Civil Veterinary Dept. Bombay admin report 1907-1913 - 1907-1913
Year: 1907
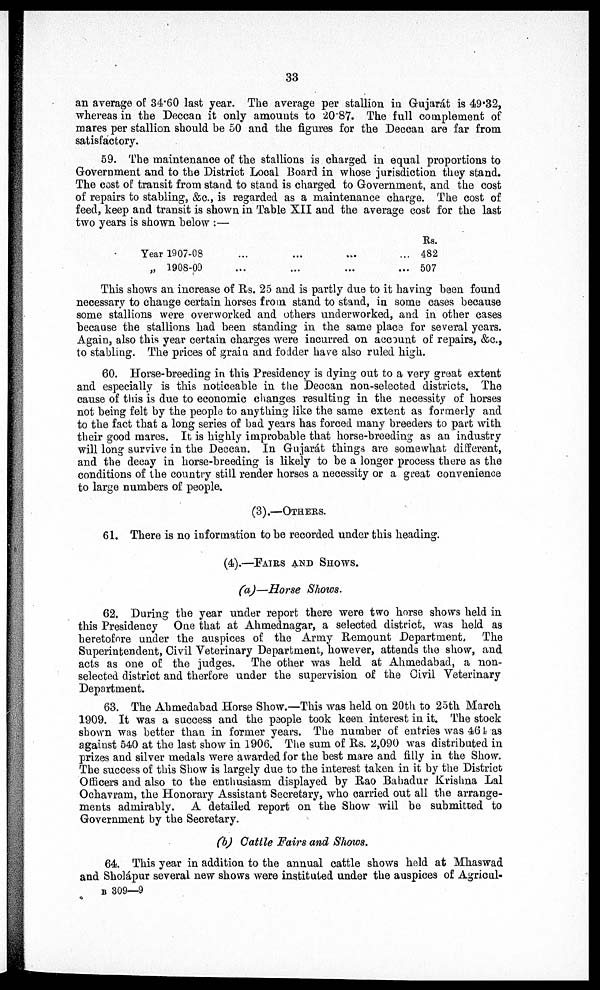
33
an average of 34.60 last year. The average per stallion in Gujarát is 49.32,
whereas in the Deccan it only amounts to 2087. The full complement of
mares per stallion should be 50 and the figures for the Deccan are far from
satisfactory.
59. The maintenance of the stallions is charged in equal proportions to
Government and to the District Local Board in whose jurisdiction they stand.
The cost of transit from stand to stand is charged to Government, and the cost
of repairs to stabling, &c., is regarded as a maintenance charge. The cost of
feed, keep and transit is shown in Table XII and the average cost for the last
two years is shown below :—
Year l907-08 ... ...
„ 1908-09 ... ...
Rs.
482
507
This shows an increase of Rs. 25 and is partly due to it having been found
necessary to change certain horses from stand to stand, in some cases because
some stallions were overworked and others underworked, and in other cases
because the stallions had been standing in the same place for several years.
Again, also this year certain charges were incurred on account of repairs, &c,
to stabling. The prices of grain and fodder have also ruled high.
60. Horse-breeding in this Presidency is dying out to a very great extent
and especially is this noticeable in the Deccan non-selected districts. The
cause of this is due to economic changes resulting in the necessity of horses
not being felt by the people to anything like the same extent as formerly and
to the fact that a long series of bad years has forced many breeders to part with
their good mares. It is highly improbable that horse-breeding as an industry
will long survive in the Deccan. In Gujarát things are somewhat different,
and the decay in horse-breeding is likely to be a longer process there as the
conditions of the country still render horses a necessity or a great convenience
to large numbers of people.
(3).—OTHERS
61. There is no information to be recorded under this heading.
(4).—FAIRS AND SHOWS
(a)—Horse Shows.
62. During the year under report there were two horse shows held in
this Presidency
One that at Ahmednagar, a selected district, was held as
heretofore under the auspices of the Army Remount Department,
The
Superintendent, Civil Veterinary Department, however, attends the show, and
acts as one of the judges. The other was held at Ahmedabad, a non-
selected district and therfore under the supervision of the Civil Veterinary
Department.
63. The Ahmedabad Horse Show.—This was held on 20th to 25th March
1909. It was a success and the people took keen interest in it. The stock
shown was better than in former years. The number of entries was 46 has
against 540 at the last show in 1906. The sum of Rs. 2,090 was distributed in
prizes and silver medals were awarded for the best mare and filly in the Show.
The success of this Show is largely due to the interest taken in it by the District
Officers and also to the enthusiasm displayed by Rao Bahadur Krishna Lal
Ochavram, the Honorary Assistant Secretary, who carried out all the arrange-
ments admirably.
A detailed report on the Show will be submitted to
Government by the Secretary.
(b) Cattle Fairs and Shows.
64. This year in addition to the annual cattle shows held at Mhaswad
and Sholápur several new shows were instituted under the auspices of Agricul-
B 309—9